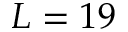
L = 1 9